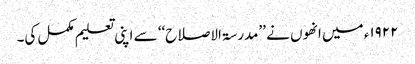
۱۹۲۲ء میں انھوں نے ’’مدرسۃ الاصلاح‘‘ سے اپنی تعلیم مکمل کی۔